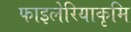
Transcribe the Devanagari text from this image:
फाइलेरियाकृमि